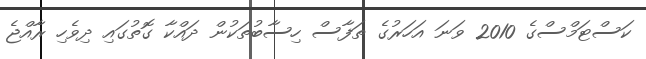
ކަސްޓަމްސްގެ 2010 ވަނަ އަހަރުގެ ތަފާސް ހިސާބުތަކުން ދައްކާ ގޮތުގައި ދިވެހި ރާއްޖެ